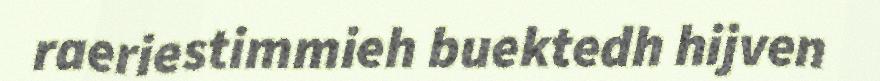
raeriestimmieh buektedh hijven